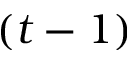
( t - 1 )